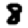
Digit: 8